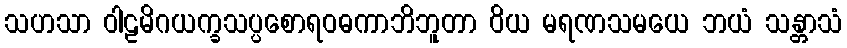
သဟသာ ဝါဠမိဂယက္ခသပ္ပစောရဝဓကာဘိဘူတာ ဝိယ မရဏသမယေ ဘယံ သန္တာသံ